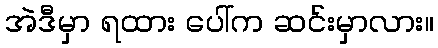
အဲဒီမှာ ရထား ပေါ်က ဆင်းမှာလား။